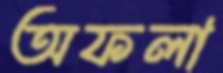
অফলা